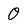
Character: 0